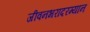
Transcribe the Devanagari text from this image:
जीवनभरादरम्यान